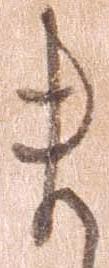
ま